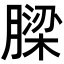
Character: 𮌹